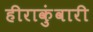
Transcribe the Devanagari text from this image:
हीराकुंवारी